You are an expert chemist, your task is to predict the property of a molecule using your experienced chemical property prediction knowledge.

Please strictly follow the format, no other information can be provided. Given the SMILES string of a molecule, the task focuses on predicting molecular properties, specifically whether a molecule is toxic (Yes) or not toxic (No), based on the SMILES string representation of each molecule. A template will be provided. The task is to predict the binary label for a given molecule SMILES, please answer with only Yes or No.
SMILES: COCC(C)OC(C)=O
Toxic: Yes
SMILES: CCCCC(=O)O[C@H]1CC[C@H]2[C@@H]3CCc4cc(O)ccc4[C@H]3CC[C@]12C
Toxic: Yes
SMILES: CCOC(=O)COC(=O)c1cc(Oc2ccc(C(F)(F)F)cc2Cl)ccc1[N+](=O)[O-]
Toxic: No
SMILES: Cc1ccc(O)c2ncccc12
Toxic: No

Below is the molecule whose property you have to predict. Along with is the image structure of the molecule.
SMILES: O=C(O)c1c2ccccc2cc2ccccc12
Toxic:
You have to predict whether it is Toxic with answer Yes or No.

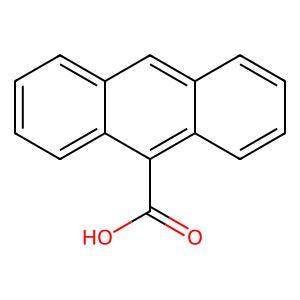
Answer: No